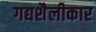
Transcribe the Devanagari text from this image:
गद्यशैलीकार